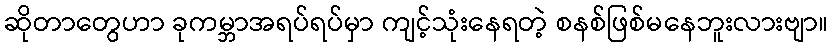
ဆိုတာတွေဟာ ခုကမ္ဘာအရပ်ရပ်မှာ ကျင့်သုံးနေရတဲ့ စနစ်ဖြစ်မနေဘူးလားဗျာ။